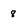
Character: 8